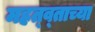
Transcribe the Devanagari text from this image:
महत्व्ताच्या